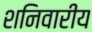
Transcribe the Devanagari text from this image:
शनिवारीय